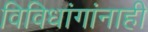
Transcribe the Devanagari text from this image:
विविधांगांनाही